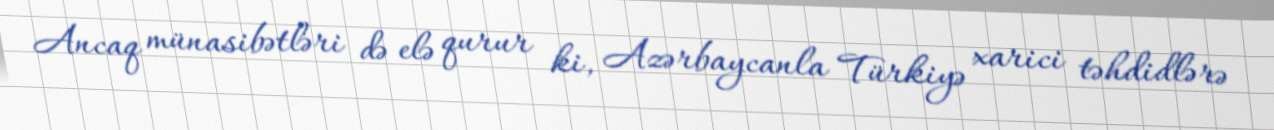
Ancaq münasibətləri də elə qurur ki, Azərbaycanla Türkiyə xarici təhdidlərə